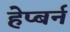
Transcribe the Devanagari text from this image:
हेप्बर्न